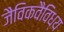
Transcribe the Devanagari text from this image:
जैविकवैविध्य